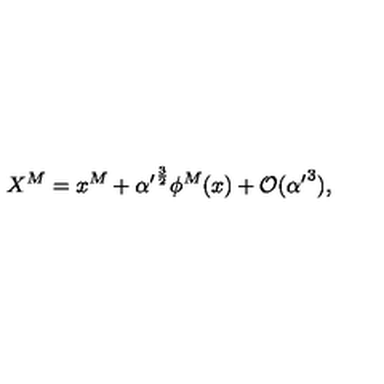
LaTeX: X ^ { M } = x ^ { M } + { \alpha ^ { \prime } } ^ { \frac { 3 } { 2 } } \phi ^ { M } ( x ) + { \cal O } ( { \alpha ^ { \prime } } ^ { 3 } ) ,